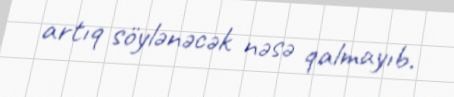
artıq söylənəcək nəsə qalmayıb.